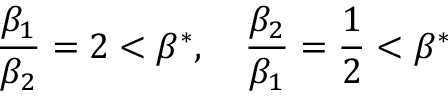
\frac { \beta _ { 1 } } { \beta _ { 2 } } = 2 < \beta ^ { * } , \quad \frac { \beta _ { 2 } } { \beta _ { 1 } } = \frac { 1 } { 2 } < \beta ^ { * }